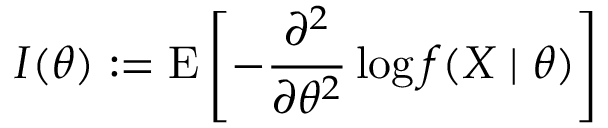
{ \cal { I } } ( \theta ) : = \operatorname { E } \left[ - { \frac { \partial ^ { 2 } } { \partial \theta ^ { 2 } } } \log f ( X \mid \theta ) \right]